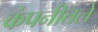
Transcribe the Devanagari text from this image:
कंपनीतले